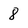
Character: 8